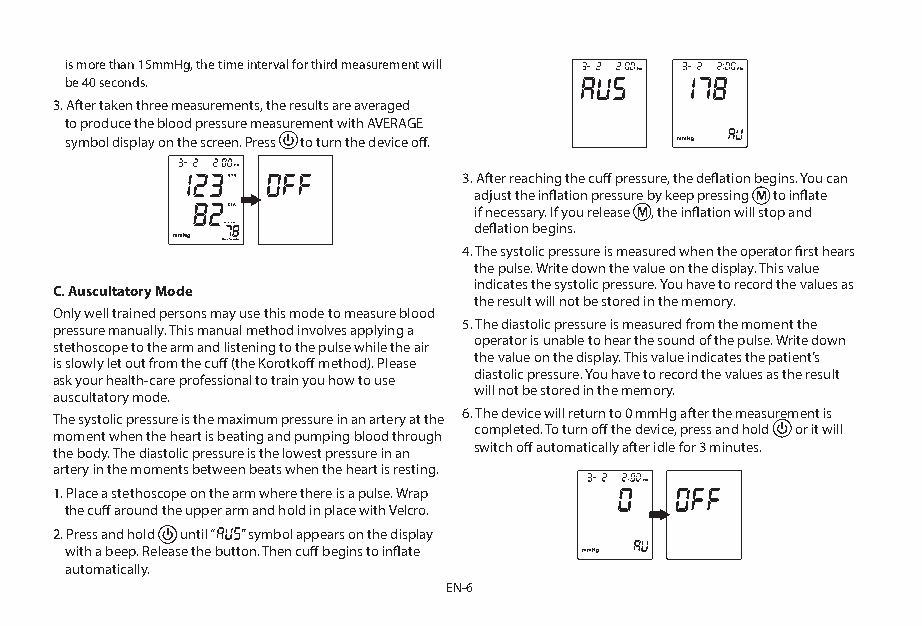
is more than 15mmHg, the time interval for third measurement will
 be 40 seconds.
 3. After taken three measurements, the results are averaged
 to produce the blood pressure measurement with AVERAGE
 symbol display on the screen. Press to turn the device off.
 3. After reaching the cuff pressure, the deflation begins. You can
 adjust the inflation pressure by keep pressing to inflate
 if necessary. If you release , the inflation will stop and
 deflation begins.
 4. The systolic pressure is measured when the operator first hears
 the pulse. Write down the value on the display. This value
 indicates the systolic pressure. You have to record the values as
 C. Auscultatory Mode
 the result will not be stored in the memory.
 Only well trained persons may use this mode to measure blood
 5. The diastolic pressure is measured from the moment the
 pressure manually. This manual method involves applying a
 operator is unable to hear the sound of the pulse. Write down
 stethoscope to the arm and listening to the pulse while the air
 the value on the display. This value indicates the patient’s
 is slowly let out from the cuff (the Korotkoff method). Please
 diastolic pressure. You have to record the values as the result
 ask your health-care professional to train you how to use
 will not be stored in the memory.
 auscultatory mode.
 6. The device will return to 0 mmHg after the measurement is
 The systolic pressure is the maximum pressure in an artery at the
 completed. To turn off the device, press and hold or it will
 moment when the heart is beating and pumping blood through
 the body. The diastolic pressure is the lowest pressure in an switch off automatically after idle for 3 minutes.
 artery in the moments between beats when the heart is resting.
 1. Place a stethoscope on the arm where there is a pulse. Wrap
 the cuff around the upper arm and hold in place with Velcro.
 2. Press and hold until “ ” symbol appears on the display
 with a beep. Release the button. Then cuff begins to inflate
 automatically.
 EN-6